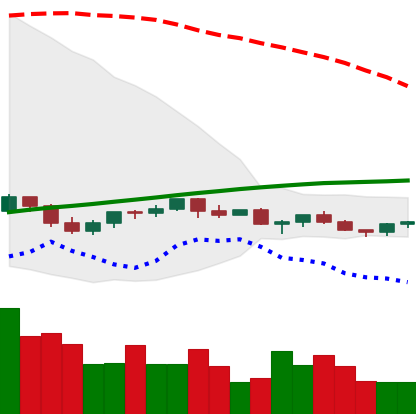
Ticker: TRX-USD
Chart end date: 2021-06-14
Forward return: -4.886%
Label: down_3_5